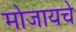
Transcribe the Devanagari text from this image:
मोजायचे